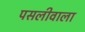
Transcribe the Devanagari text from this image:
पसलीवाला